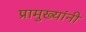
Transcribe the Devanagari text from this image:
प्रामुख्यांनी